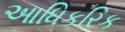
આધિકરિક